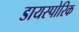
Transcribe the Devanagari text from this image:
डायस्पोरिक